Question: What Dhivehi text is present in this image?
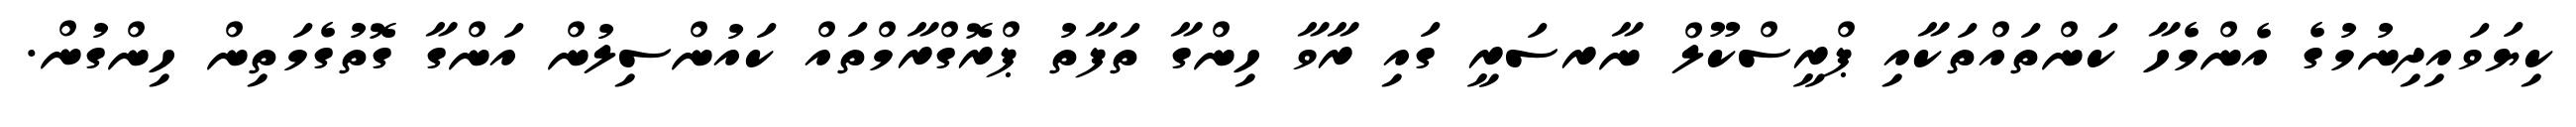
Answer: ކިޔަވައިދިނުމުގެ އެންމެހާ ކަންތައްތަކާއި ޕްރީސްކޫލް ނާރސަރީ ގައި ރާވާ ހިންގާ ތަފާތު ޕްރޮގްރާމްތައް ކައުންސިލުން އަންގާ ގޮތުގެމަތިން ހިންގުން.